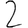
Digit: 2